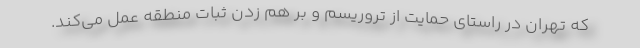
که تهران در راستای حمایت از تروریسم و بر هم زدن ثبات منطقه عمل می‌کند.